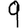
Digit: 9